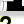
Digit: 2